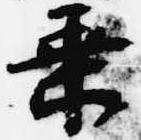
乗